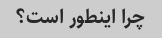
چرا اینطور است؟